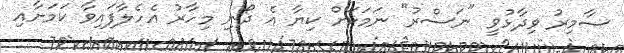
ސާމިރު ވިދާޅުވީ "ނަސްރު" ނަމަކަށް ކިޔާ އެ ދޯނި މިހާރު އެހެލާފައިވާ ކަމަށާއި